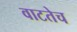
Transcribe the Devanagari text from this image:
वाटतेच